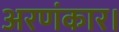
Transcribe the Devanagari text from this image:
अरणंकार।